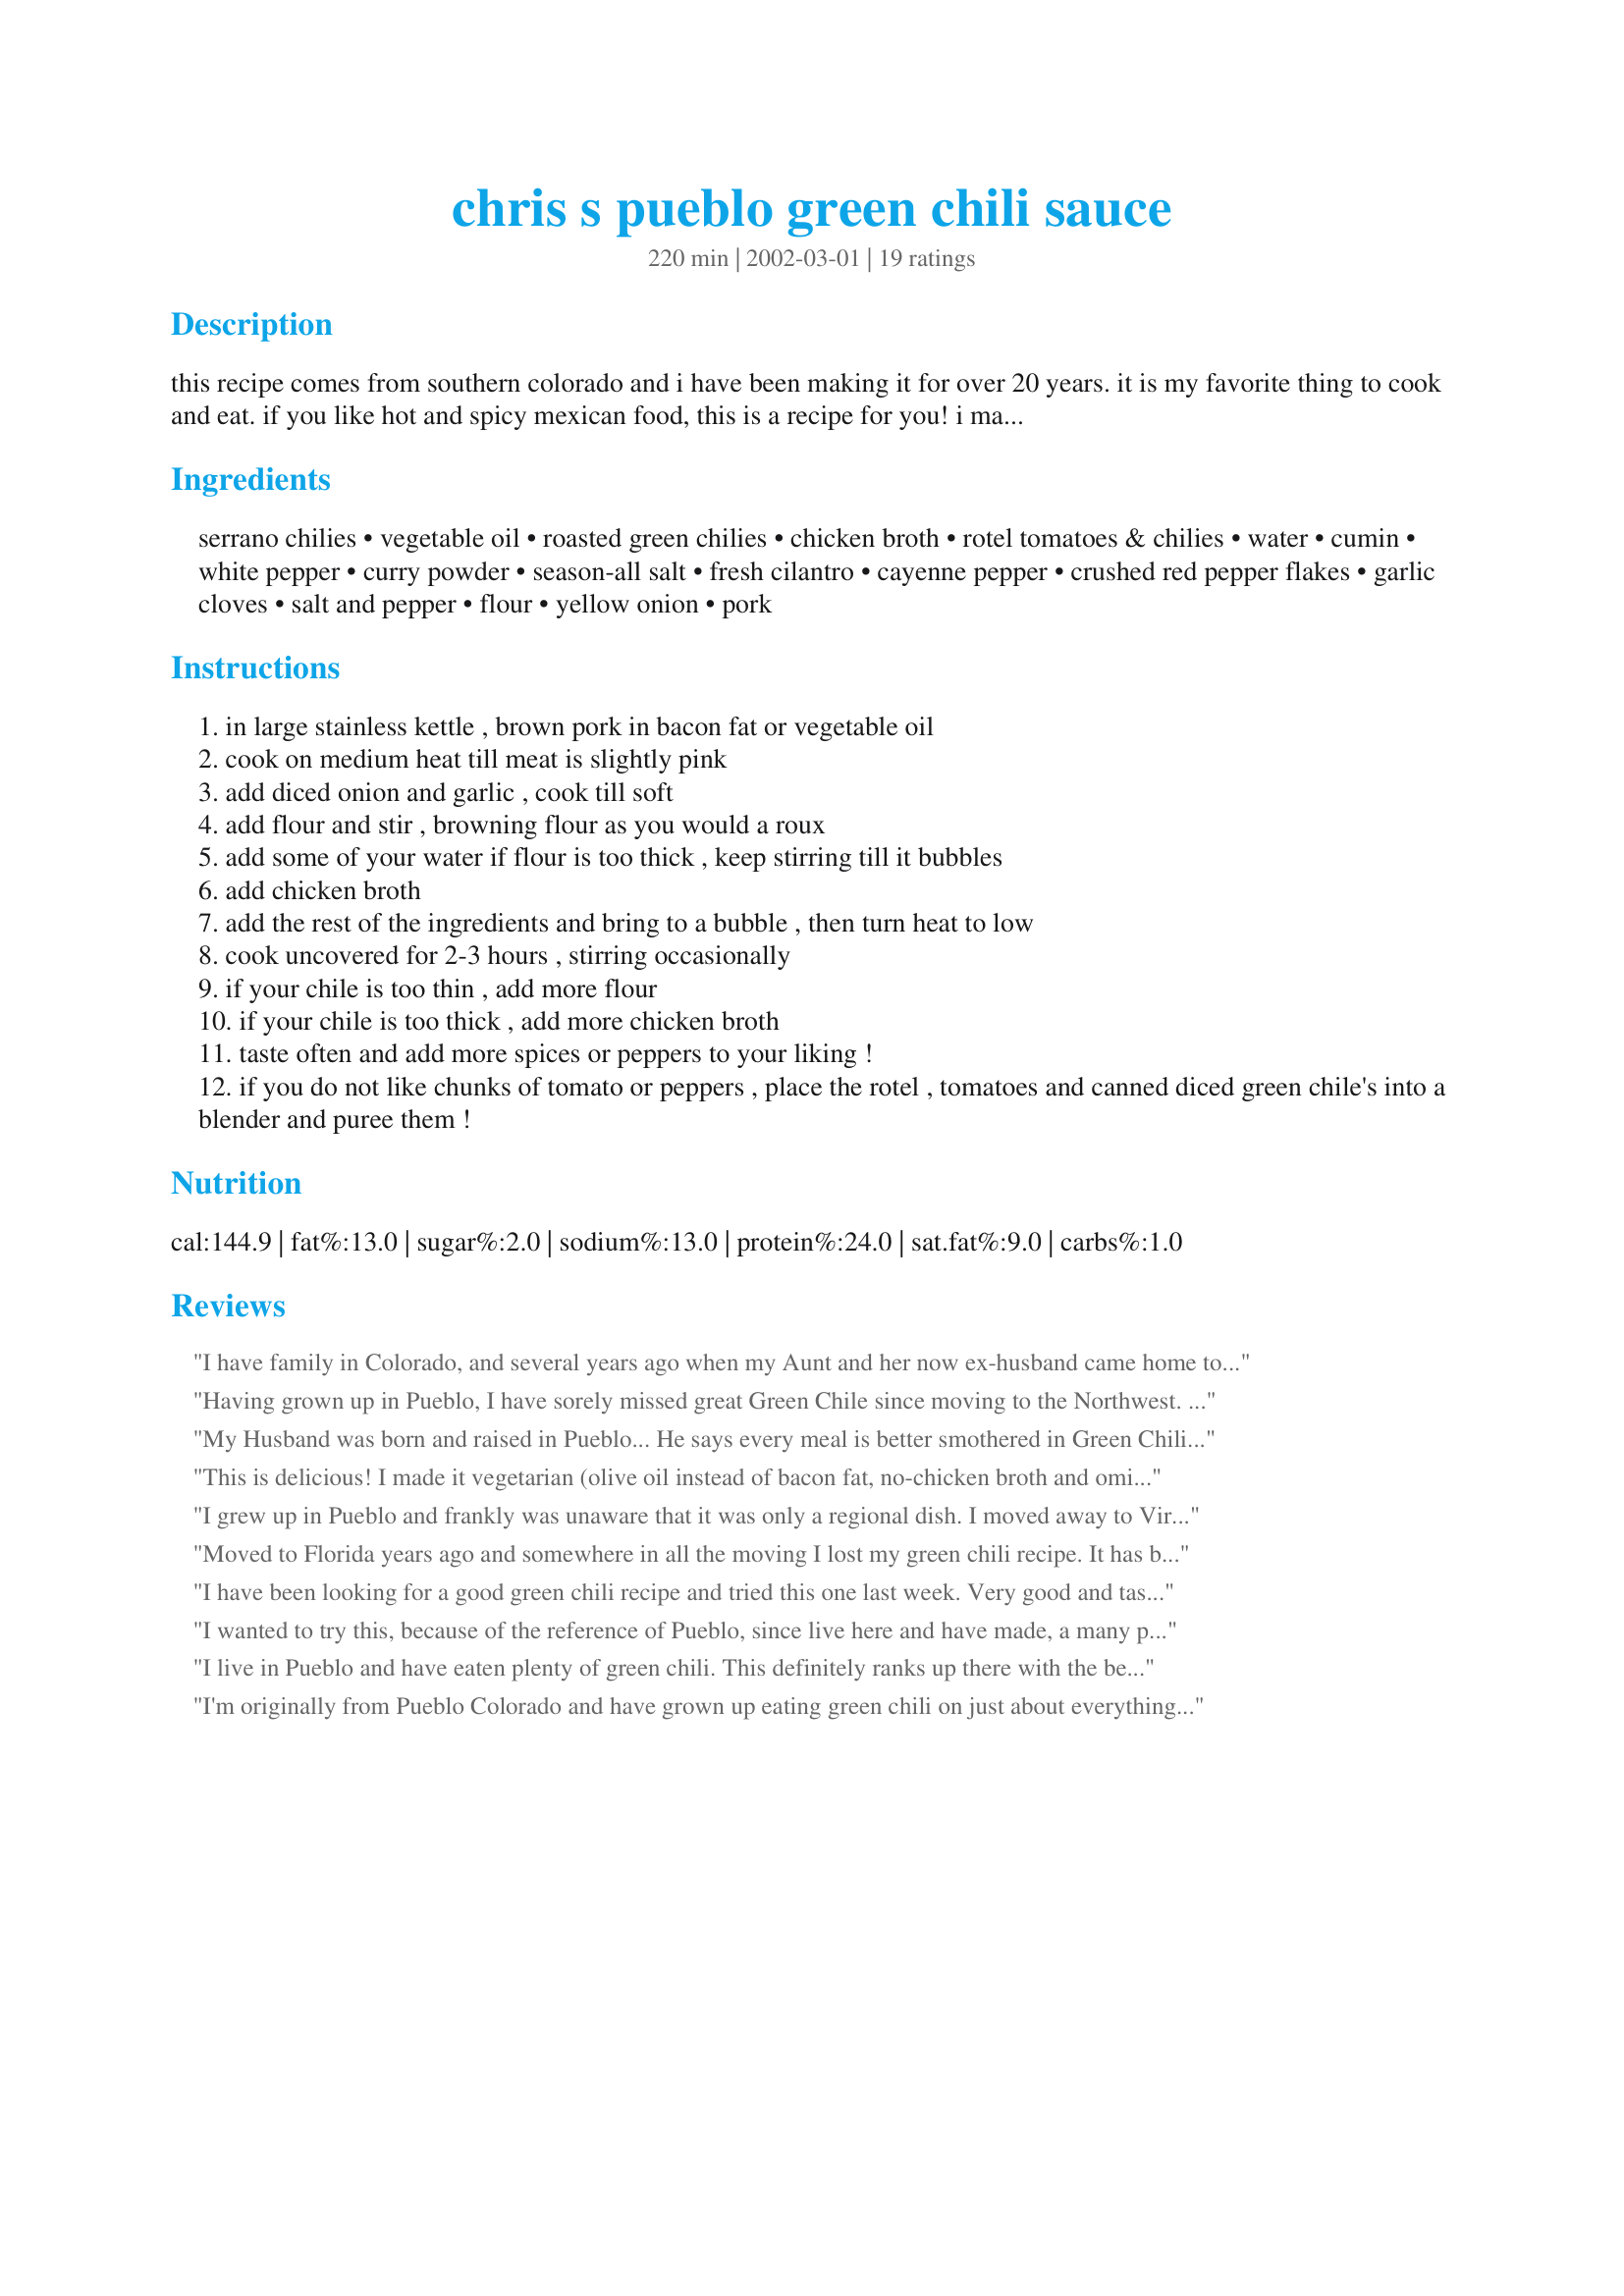
chris s pueblo green chili sauce
Preparation time: 220 minutes

this recipe comes from southern colorado and i have been making it for over 20 years. it is my favorite thing to cook and eat. if you like hot and spicy mexican food, this is a recipe for you! i made it for our friends and it has become a hit here in corpus christi, texas! the great thing is you can also make it hotter or milder, depending on your taste! in pueblo, colorado, we served it over burritos, or enchilada's. my personal favorite way to eat green chile (especially on a cold day) is by placing a hamburger bun in a bowl, add a plain hamburger (with or without cheese), smother it with the green chile sauce, then top it with diced onion and oyster crackers. in colorado we call these green chili sloppers! they are great served with a beer!

Ingredients:
serrano chilies, vegetable oil, roasted green chilies, chicken broth, rotel tomatoes & chilies, water, cumin, white pepper, curry powder, season-all salt, fresh cilantro, cayenne pepper, crushed red pepper flakes, garlic cloves, salt and pepper, flour, yellow onion, pork

Steps:
in large stainless kettle , brown pork in bacon fat or vegetable oil
cook on medium heat till meat is slightly pink
add diced onion and garlic , cook till soft
add flour and stir , browning flour as you would a roux
add some of your water if flour is too thick , keep stirring till it bubbles
add chicken broth
add the rest of the ingredients and bring to a bubble , then turn heat to low
cook uncovered for 2-3 hours , stirring occasionally
if your chile is too thin , add more flour
if your chile is too thick , add more chicken broth
taste often and add more spices or peppers to your liking !
if you do not like chunks of tomato or peppers , place the rotel , tomatoes and canned diced green chile's into a blender and puree them !

Reviews:
I have family in Colorado, and several years ago when my Aunt and her now ex-husband came home to Ohio for a visit, he made us green chili. He showed me how to make it and I made it once soon after that, but never wrote it down. This recipe is very similar to what I remember, and it was soooo good! I didn't use the serrano chilies because I like just a mild heat, and this was still pretty spicy for me! I made it with your chicken enchiladas and they made a perfect pair. Thank you so much for this recipe, I can't wait to make it again and again!
Having grown up in Pueblo, I have sorely missed great Green Chile since moving to the Northwest. This recipe is the real deal. Don't be afraid of the serrano chiles. I like to let this simmer in a crock pot for several hours and add the green chiles in over the last 2 hours to retain some of the firmness. Great Recipe!!
My Husband was born and raised in Pueblo... He says every meal is better smothered in Green Chili. We have to make a trip back home for him every year and bring home a bushel of green chilis, roast them and freeze them just so we can make green chili over and over again! This recipe is great! Never thought of using curry powder but it really works well. I used pueblo and added poblano's (thats the best I can find in Florida). Great flavor and very freezable! Green Chili sloppers for dinner tonight! Thanks Chris!
One more note: My Husband says it's just as good as the Chili served at the Star Bar in Pueblo. Thats his favorite place to get it!
This is delicious! I made it vegetarian (olive oil instead of bacon fat, no-chicken broth and omitted the pork) and it was SOOOOOO good! Like it says, if you want mild don't add the serranos. We like hot food and I put in 4 serranos with seeds, it was really hot and also flavorful. My husband has a new fave food LOL. This is a keeper!
I grew up in Pueblo and frankly was unaware that it was only a regional dish. I moved away to Virginia for college and soon found out that it was chile-less. I'm so glad you posted this recipe! I've made it several times now for all of my friends and they LOVE it. They beg me for it. That said, I've learned that you can use the fat from cooking the pork for the rue. I separate the meat into a cold crock pot and add the rue broth to the crock pot later. Then I can let it stew all day without having to worry about it. Additionally, corn starch works much better than flour for the rue, and if you mix the corn starch in cold water, you can add it anytime to thicken as necessary.
Moved to Florida years ago and somewhere in all the moving I lost my green chili recipe. It has been cold here the last couple weeks. (50&#039;s and 60&#039;s.. Don&#039;t laugh)! I have a craving for my green chili and found your recipe! Made me miss home and decided to make some and have a slipper for dinner today! Can&#039;t wait for it to get done and my home now smells like I remember home home used to smell! Thank you for this recipe and the memories of home you have brought me this weekend! :-)
I have been looking for a good green chili recipe and tried this one last week. Very good and tasty. I did leave out the serrano chilis and used some roasted green chilis that I had in the freezer. Will definitely cook this one again and add to my personal cookbook
I wanted to try this, because of the reference of Pueblo, since live here and have made, a many pot, of Green Chili. It is a good chili, tweaked it a little (made hotter and I ALWAYS use slow roasted pork butt), but all and all not bad for a beginner&#039;s first shot at it.
I live in Pueblo and have eaten plenty of green chili. This definitely ranks up there with the best! It never lasts long when I make it and always gets rave reviews. I like to use a little more chicken broth and water than recommended. If you buy frozen chillies be careful, the hot ones are really hot (the mild ones are pretty hot too).

Thanks for the recipe Chris!
I'm originally from Pueblo Colorado and have grown up eating green chili on just about everything. I had to move to Arizona and find a way to make it myself. I found this wonderful recipe and it takes me back home! I have made it twice this week to feed friends and family and co-workers, they all loved it!!! I will be cooking this many more times and have already been requested to make it again LOL! Thanks Chris for adding this awesome recipe : )
I have made this once and I am about to make it for a group of people today. The first time I made it I did not have the pork, but it still turned out excellent! My husband loved it and he is very picky about his green chili. Thank you for sharing your wonderful recipe with us!
Finally I have found the Green Chili recipe I've been looking for all these years since I left Colorado! Our family used to go to the local mexican restaurant in Silverton and eat the chili by itself with tortillas, it is also excellent over burritos and I'll definitely have to try the Green Chili Sloppers suggested here. Thanks Chris :)
This green chili recipe is nothing short of amazing. Make it, and you won't regret it!
Make this, you won't be disappointed. This has great flavor, and I'm passing it along to friends.
Not at all what we were hoping for. Using only 2 serranos, it was much too hot for this Texan. The search continues for the perfect green chili recipe.
This is wonderful, I make Chili Verde all the time, this is better I had to use fresh Jalapenos but they were fine, besides that The only other change was to add allot more garlic. Thank you for your recipe I will treasure it
We are Colorado natives who have bounced around the country most of our adult lives. This recipe is entirely indigenous to Southern Colorado, primarily Colorado Springs south and southwest to the New Mexico border. If you haven't tried this you haven't truly experienced life as it is meant to be lived! This is a great recipe, even if you chicken out and just make it mild (however, it's best as hot as you can take it). If you can find real Hatch, NM chili's (the hotter the better) you'll have a dinner your guests will talk about often.
I was skeptical when i moved to Pueblo and was basically forced to try this chili bc folks here put it on everything. Restaurants definitely ruin the absolute awesomeness that is Pueblo Green Chili. A friend made it and OMG! This! This is why they put it on everything! Hell, I might even put it on my cereal lol!! This recipe looks similar to my friends. Ill try it out bc he wont come off his recipe! Thanks!!!
I have been making this recipe for about two years now and it is soooo good. It is also flexible. I make mine vegetarian because my daughter-in-law is vegetarian and I use it mostly on burritos which I have filled with chicken or pork and cheese. I just leave out the pork in the sauce. It is still great. I spice mine up with jalapenos rather than serranos as I usually have those on hand. I usually make a double batch to freeze. In that case I do not thicken with flour at all before freezing and thicken with flour or cornstarch after thawing and heating.
